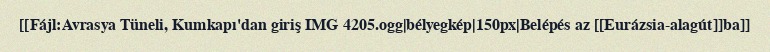
[[Fájl:Avrasya Tüneli, Kumkapı'dan giriş IMG 4205.ogg|bélyegkép|150px|Belépés az [[Eurázsia-alagút]]ba]]